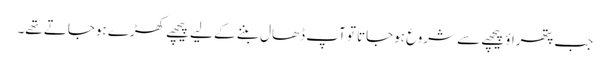
جب پتھراؤ پیچھے سے شروع ہوجاتا تو آپ ڈھال بننے کے لیے پیچھے کھڑے ہوجاتے تھے۔